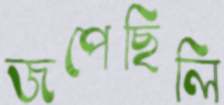
জপেছিলি